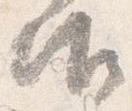
御